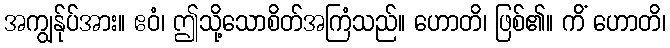
အကျွန်ုပ်အား။ ဧဝံ၊ ဤသို့သောစိတ်အကြံသည်။ ဟောတိ၊ ဖြစ်၏။ ကိံ ဟောတိ၊